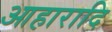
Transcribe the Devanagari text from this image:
आहारादि